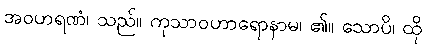
အဝဟရဏံ၊ သည်။ ကုသာဝဟာရောနာမ၊ ၏။ သောပိ၊ ထို